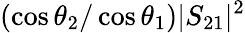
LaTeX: (\cos\theta_{2}/\cos\theta_{1})|S_{21}|^{2}